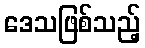
ဒေသဖြစ်သည့်